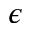
\epsilon